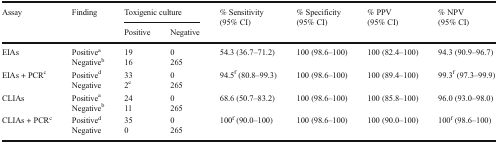
| <ROWSPAN=2> Assay | <ROWSPAN=2> Finding | <COLSPAN=2> Toxigenic culture | <ROWSPAN=2> % Sensitivity (95% CI) | <ROWSPAN=2> % Specificity (95% CI) | <ROWSPAN=2> % PPV (95% CI) | <ROWSPAN=2> % NPV (95% CI) |
 | Positive | Negative |
 | --- | --- | --- | --- | --- | --- | --- | --- |
 | <ROWSPAN=2> EIAs | Positivea | 19 | 0 | <ROWSPAN=2> 54.3 (36.7–71.2) | <ROWSPAN=2> 100 (98.6–100) | <ROWSPAN=2> 100 (82.4–100) | <ROWSPAN=2> 94.3 (90.9–96.7) |
 | Negativeb | 16 | 265 |
 | <ROWSPAN=2> EIAs + PCRc | Positived | 33 | 0 | <ROWSPAN=2> 94.5f (80.8–99.3) | <ROWSPAN=2> 100 (98.6–100) | <ROWSPAN=2> 100 (89.4–100) | <ROWSPAN=2> 99.3f (97.3–99.9) |
 | Negative | 2e | 265 |
 | <ROWSPAN=2> CLIAs | Positivea | 24 | 0 | <ROWSPAN=2> 68.6 (50.7–83.2) | <ROWSPAN=2> 100 (98.6–100) | <ROWSPAN=2> 100 (85.8–100) | <ROWSPAN=2> 96.0 (93.0–98.0) |
 | Negativeb | 11 | 265 |
 | <ROWSPAN=2> CLIAs + PCRc | Positived | 35 | 0 | <ROWSPAN=2> 100f (90.0–100) | <ROWSPAN=2> 100 (98.6–100) | <ROWSPAN=2> 100 (90.0–100) | <ROWSPAN=2> 100f (98.6–100) |
 | Negative | 0 | 265 |